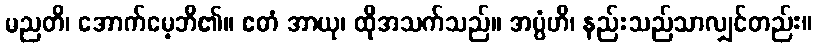
မညတိ၊ အောက်မေ့ဘိ၏။ ဧတံ အာယု၊ ထိုအသက်သည်။ အပ္ပံဟိ၊ နည်းသည်သာလျှင်တည်း။